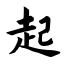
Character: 起